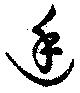
廷